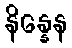
နိန္နေန